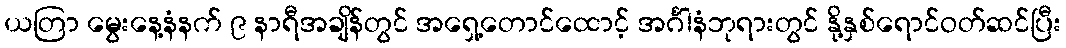
ယတြာ မွေးနေ့နံနက် ၉ နာရီအချိန်တွင် အရှေ့တောင်ထောင့် အင်္ဂါနံဘုရားတွင် နို့နှစ်ရောင်ဝတ်ဆင်ပြီး